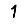
Digit: 1